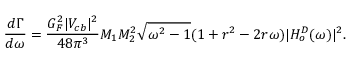
\frac { d \Gamma } { d \omega } = \frac { G _ { F } ^ { 2 } | V _ { c b } | ^ { 2 } } { 4 8 \pi ^ { 3 } } M _ { 1 } M _ { 2 } ^ { 2 } \sqrt { \omega ^ { 2 } - 1 } ( 1 + r ^ { 2 } - 2 r \omega ) | H _ { o } ^ { D } ( \omega ) | ^ { 2 } .